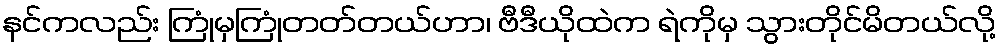
နင်ကလည်း ကြုံမှကြုံတတ်တယ်ဟာ၊ ဗီဒီယိုထဲက ရဲကိုမှ သွားတိုင်မိတယ်လို့